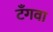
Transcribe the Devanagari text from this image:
टँगवा